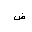
Letter: _dad